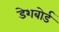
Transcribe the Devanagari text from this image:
डेशबोर्ड